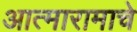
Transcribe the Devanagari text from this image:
आत्मारामाचे